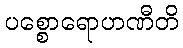
ပစ္စောရောဟဏီတိ